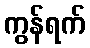
ကွန်ရက်